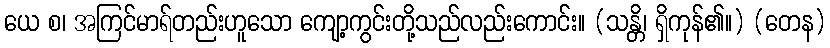
ယေ စ၊ အကြင်မာရ်တည်းဟူသော ကျော့ကွင်းတို့သည်လည်းကောင်း။ (သန္တိ၊ ရှိကုန်၏။) (တေန)